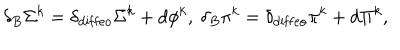
\delta _ { B } \Sigma ^ { k } = \delta _ { \mathrm { d i f f e o } } \Sigma ^ { k } + d \phi ^ { k } , ~ \delta _ { B } \pi ^ { k } = \delta _ { \mathrm { d i f f e o } } \pi ^ { k } + d \Pi ^ { k } ,